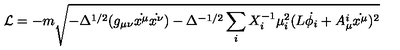
\mathcal { L } = - m \sqrt { - \Delta ^ { 1 / 2 } ( g _ { \mu \nu } \dot { x ^ { \mu } } \dot { x ^ { \nu } } ) - \Delta ^ { - 1 / 2 } \sum _ { i } X _ { i } ^ { - 1 } \mu _ { i } ^ { 2 } ( L \dot { \phi _ { i } } + A _ { \mu } ^ { i } \dot { x ^ { \mu } } ) ^ { 2 } }